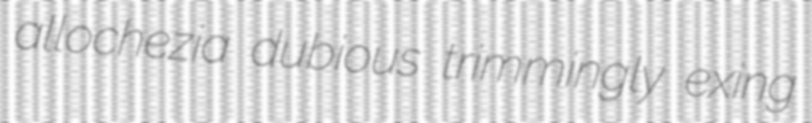
allochezia dubious trimmingly exing